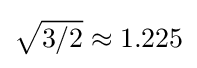
{\sqrt {3/2}}\approx 1.225